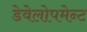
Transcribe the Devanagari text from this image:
डेवेलोपमेन्ट